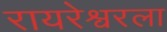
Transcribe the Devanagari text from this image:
रायरेश्वरला